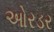
ઓરડર